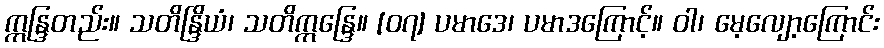
ဣန္ဒြတည်း။ သတိန္ဒြိယံ၊ သတိဣန္ဒြေ။ [၀၇] ပမာဒေ၊ ပမာဒကြောင့်။ ဝါ၊ မေ့လျော့ကြောင်း